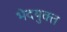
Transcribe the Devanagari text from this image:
भेदयुक्त